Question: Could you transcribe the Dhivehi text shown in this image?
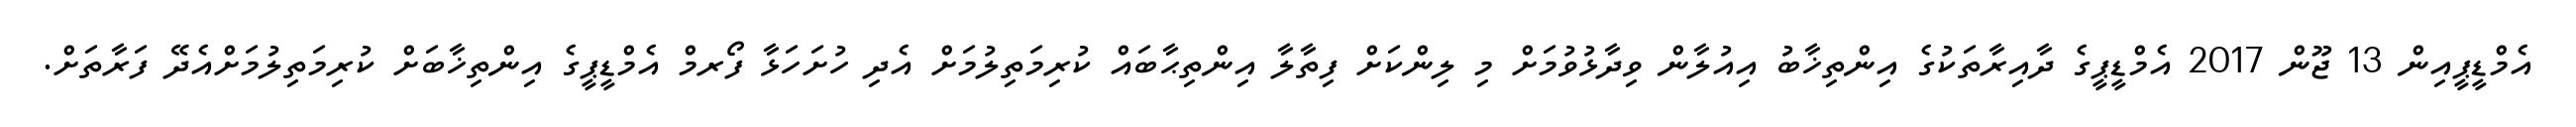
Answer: އެމްޑީޕީއިން 13 ޖޫން 2017 އެމްޑީޕީގެ ދާއިރާތަކުގެ އިންތިޚާބު އިއުލާން ވިދާޅުވުމަށް މި ލިންކަށް ފިތާލާ އިންތިޙާބައް ކުރިމަތިލުމަށް އެދި ހުށަހަޅާ ފޯރމް އެމްޑީޕީގެ އިންތިޚާބަށް ކުރިމަތިލުމަށްއެދޭ ފަރާތަށް.